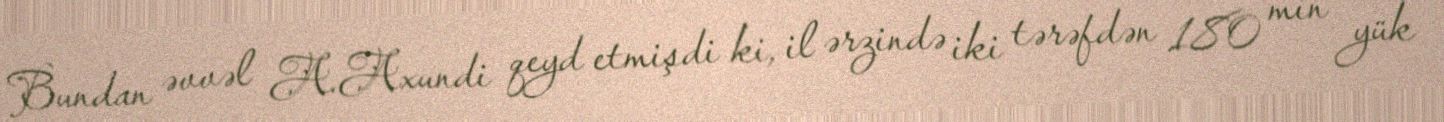
Bundan əvvəl A.Axundi qeyd etmişdi ki, il ərzində iki tərəfdən 180 min yük